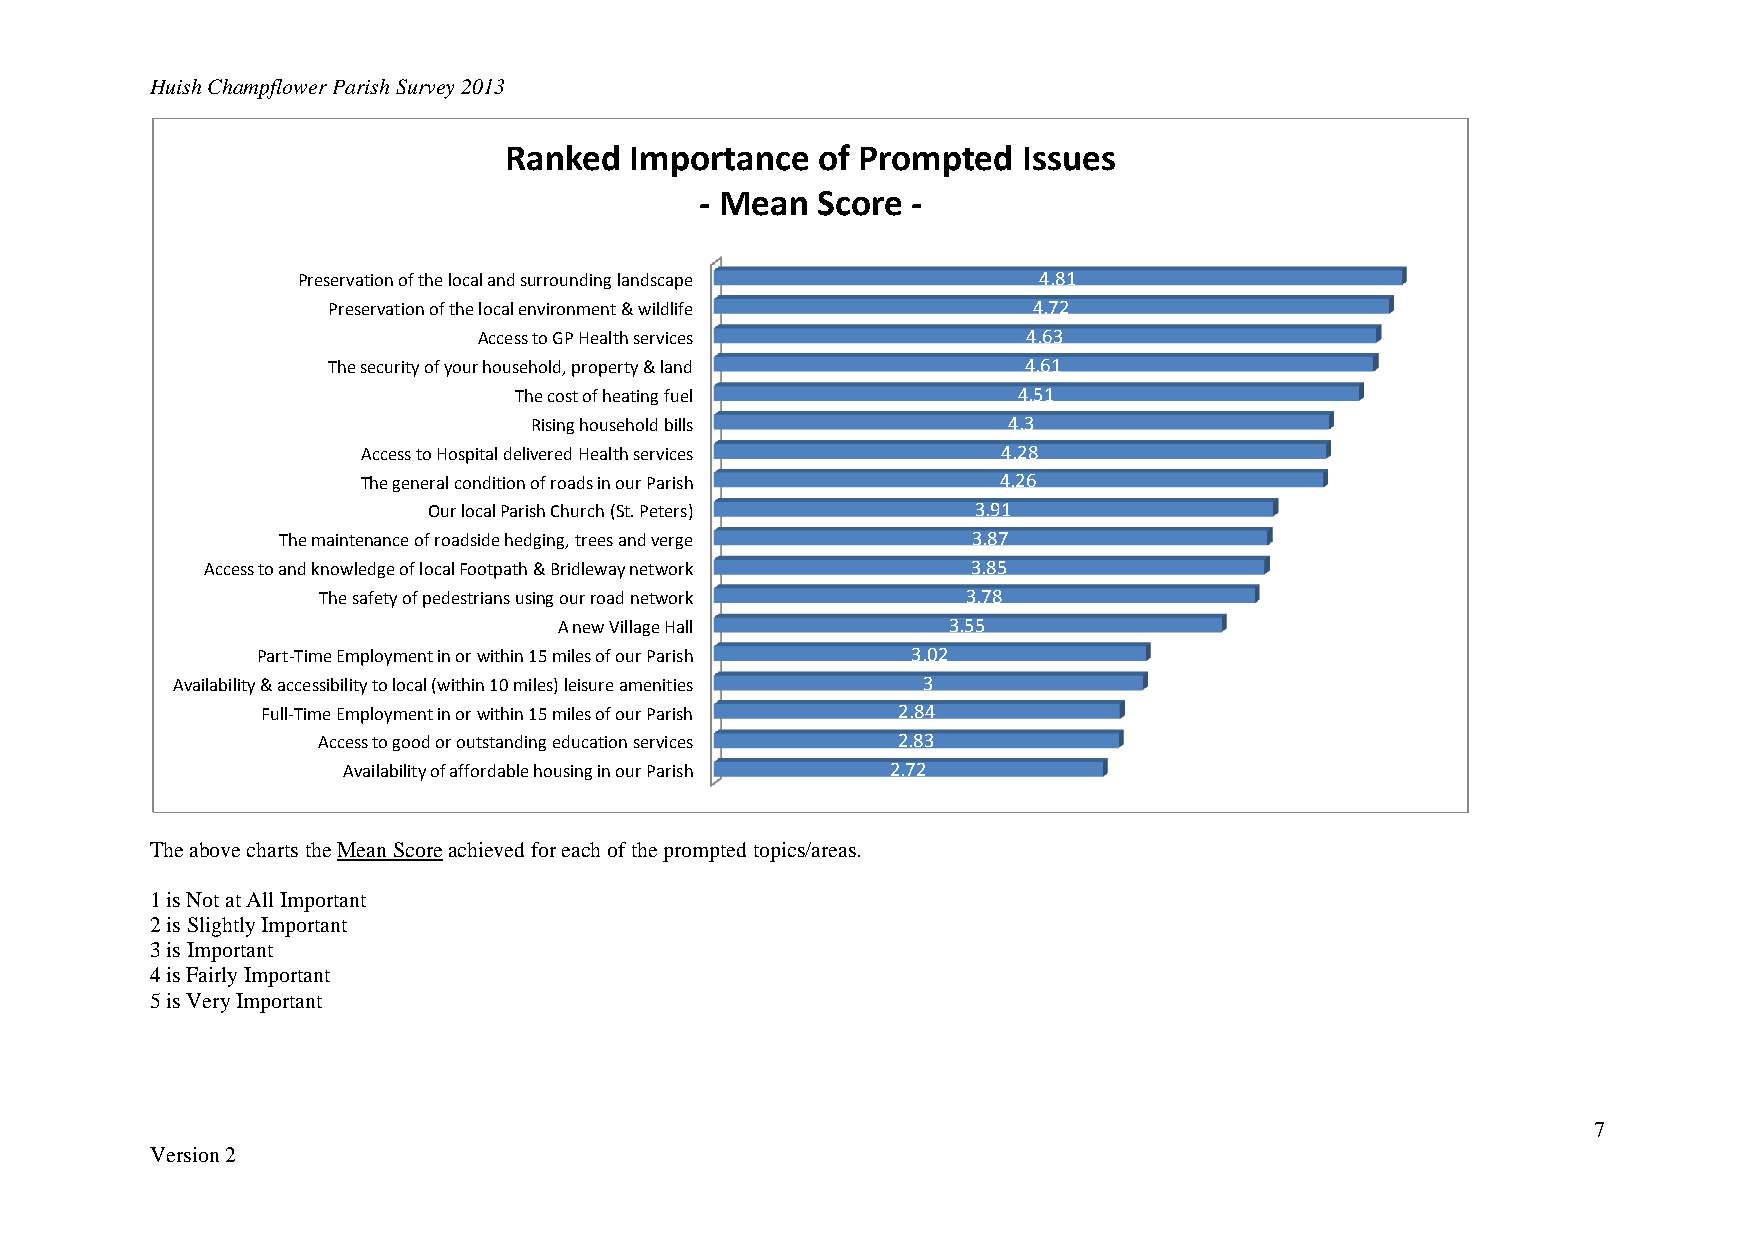
Huish Champflower Parish Survey 2013
 Ranked   Importance  of Prompted   Issues
 - Mean  Score -
 Preservation of the local and surrounding landscape 4.81
 Preservation of the local environment & wildlife 4.72
 Access to GP Health services        4.63
 The security of your household, property & land 4.61
 The cost of heating fuel         4.51
 Rising household bills          4.3
 Access to Hospital delivered Health services 4.28
 The general condition of roads in our Parish 4.26
 Our local Parish Church (St. Peters) 3.91
 The maintenance of roadside hedging, trees and verge 3.87
 Access to and knowledge of local Footpath & Bridleway network 3.85
 The safety of pedestrians using our road network 3.78
 A new Village Hall        3.55
 Part-Time Employment in or within 15 miles of our Parish 3.02
 Availability & accessibility to local (within 10 miles) leisure amenities 3
 Full-Time Employment in or within 15 miles of our Parish 2.84
 Access to good or outstanding education services 2.83
 Availability of affordable housing in our Parish 2.72
 The above charts the Mean Score achieved for each of the prompted topics/areas.
 1 is Not at All Important
 2 is Slightly Important
 3 is Important
 4 is Fairly Important
 5 is Very Important
 7
 Version 2